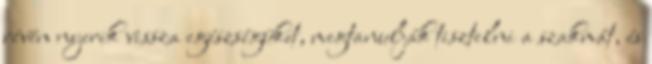
révén nyerik vissza egészségüket, megtanulják tisztelni a szakmát, és